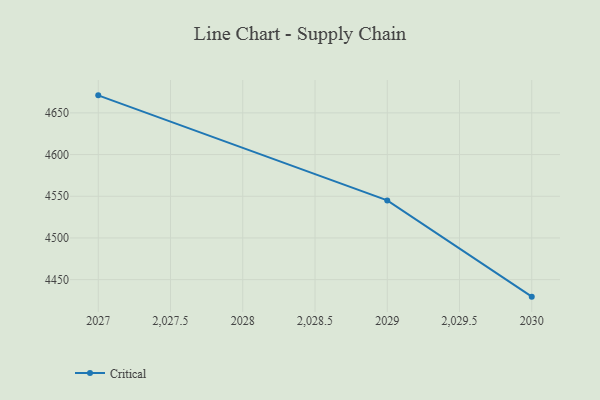
{"axis": {"x": "Year", "y": "Energy Usage (MWh)"}, "legend": ["Critical"], "data": [{"x": "2027", "y": 4671.0, "type": "Critical"}, {"x": "2029", "y": 4545.0, "type": "Critical"}, {"x": "2030", "y": 4429.6, "type": "Critical"}]}